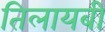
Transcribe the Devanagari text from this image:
तिलायबी